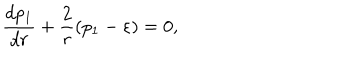
LaTeX: \frac { d p _ { 1 } } { d r } + \frac { 2 } { r } ( p _ { 1 } - \varepsilon ) = 0 ,